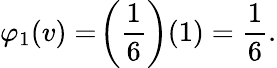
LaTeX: \varphi_{1}(v)=\! \left({\frac{1}{6}}\right)(1)={\frac{1}{6}}.